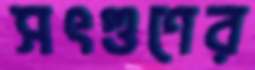
সৎগুণের